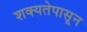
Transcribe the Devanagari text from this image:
शक्यतेपासून